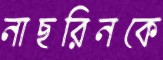
নাছরিনকে